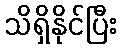
သိရှိနိုင်ပြီး